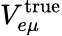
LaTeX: V_{e\mu}^{\mathrm{true}}